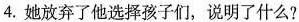
4.她放弃了他选择孩子们，说明了什么?